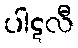
ပါဋလီ